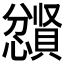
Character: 𪬼